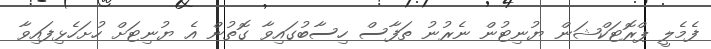
ފެމެލީ ޕްރޮޓަކްޝަން ޔުނިޓުން ނެރުނު ތަފާސް ހިސާބުގައިވާ ގޮތުން އެ ޔުނިޓަށް ހުށަހެޅިފައިވާ